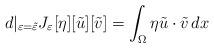
LaTeX: \begin{align*} d\rvert_{\varepsilon = \tilde{\varepsilon}} J_\varepsilon[\eta][\tilde{u}][\tilde{v}] = \int_\Omega \eta \tilde{u} \cdot \tilde{v} \, dx\end{align*}